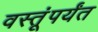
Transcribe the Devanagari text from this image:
वस्तूंपर्यंत